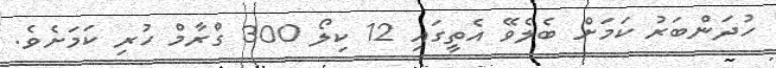
ހުދަންބަރު ކަމަށް ބެލެވޭ އެތީގައި 12 ކިލޯ 300 ގްރާމް ހުރި ކަމަށެވެ.